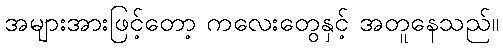
အများအားဖြင့်တော့ ကလေးတွေနှင့် အတူနေသည်။